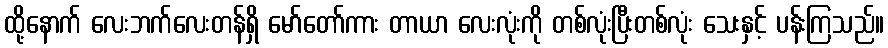
ထို့နောက် လေးဘက်လေးတန်ရှိ မော်တော်ကား တာယာ လေးလုံးကို တစ်လုံးပြီးတစ်လုံး သေးနှင့် ပန်းကြသည်။